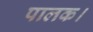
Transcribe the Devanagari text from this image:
पालक।